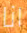
انا